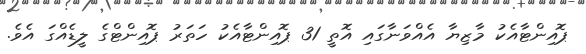
ޕޮއިންޓާއެކު މާޒިޔާ އެއްވަނާގައި އޮތީ 31 ޕޮއިންޓާއެކު ހަތަރު ޕޮއިންޓްގެ ލީޑެއްގަ އެވެ.